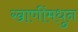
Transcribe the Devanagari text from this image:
खाणींमधुन